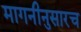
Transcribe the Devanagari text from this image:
मागनीनुसारच